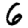
Digit: 6